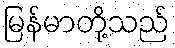
မြန်မာတို့သည်